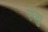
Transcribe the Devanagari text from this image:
एघ्चु